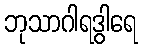
ဘုသာဂါရဒွါရေ